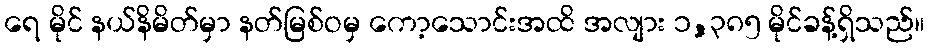
ရေ မိုင် နယ်နိမိတ်မှာ နတ်မြစ်ဝမှ ကော့သောင်းအထိ အလျား ၁,၃၈၅ မိုင်ခန့်ရှိသည်။